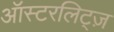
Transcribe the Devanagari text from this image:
ऑस्टरलिट्ज़